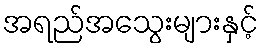
အရည်အသွေးများနှင့်